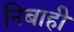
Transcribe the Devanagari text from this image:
निबाही